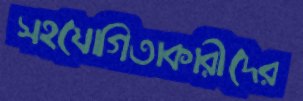
সহযোগিতাকারীদের